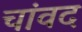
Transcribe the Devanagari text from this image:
चांवद